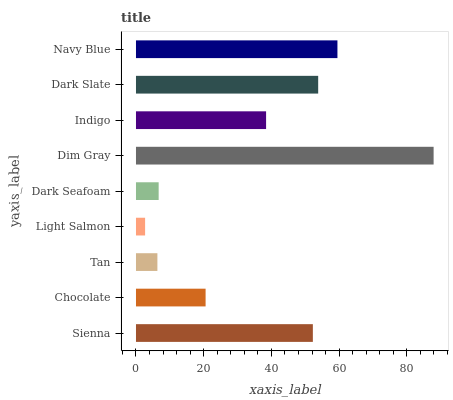
| yaxis_label | bars |
 | --- | --- |
 | Sienna | 52.3 |
 | Chocolate | 20.6 |
 | Tan | 6.33 |
 | Light Salmon | 2.7 |
 | Dark Seafoam | 6.7 |
 | Dim Gray | 87.9 |
 | Indigo | 38.4 |
 | Dark Slate | 53.8 |
 | Navy Blue | 59.5 |